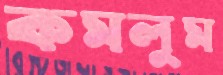
কমলুম